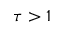
\tau > 1